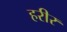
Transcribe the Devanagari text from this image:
हरीर